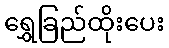
ရွှေခြည်ထိုးပေး